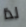
لذا